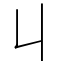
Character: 丩